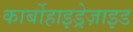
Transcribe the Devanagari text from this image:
कार्बोहाइड्रेज़ाइड